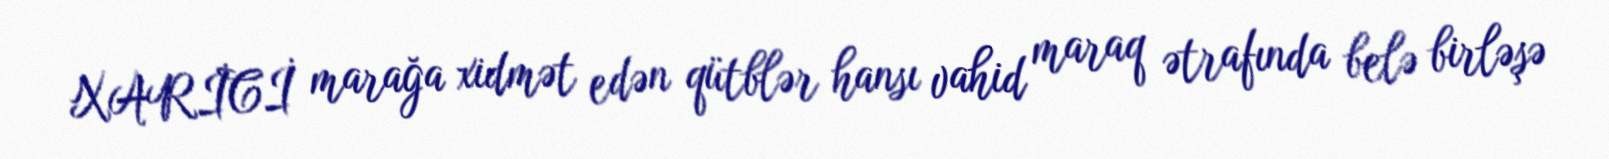
XARİCİ marağa xidmət edən qütblər hansı vahid maraq ətrafında belə birləşə